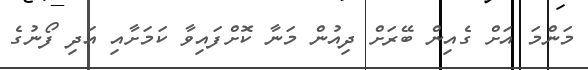
މަންމަ އަށް ގެއިން ބޭރަށް ދިއުން މަނާ ކޮށްފައިވާ ކަމަށާއި އަދި ފޯނުގެ